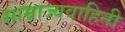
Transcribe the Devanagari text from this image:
साम्राज्यवाहिनी